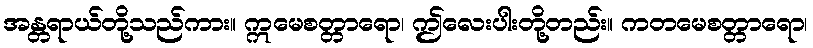
အန္တရာယ်တို့သည်ကား။ ဣမေစတ္တာရော၊ ဤလေးပါးတို့တည်း။ ကတမေစတ္တာရော၊